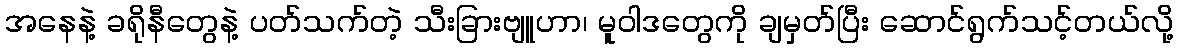
အနေနဲ့ ခရိုနီတွေနဲ့ ပတ်သက်တဲ့ သီးခြားဗျူဟာ၊ မူဝါဒတွေကို ချမှတ်ပြီး ဆောင်ရွက်သင့်တယ်လို့